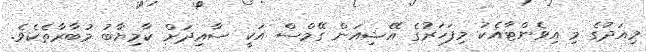
މިއަދުގެ މި އިވެންޓާއެކު މިފަހަރުގެ އޭޝިއަން ގޭމްސް އަކީ ސާއިދަށް ކާމިޔާބު މުބާރާތެކެވެ.